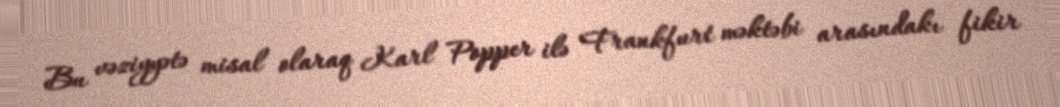
Bu vəziyyətə misal olaraq Karl Popper ilə Frankfurt məktəbi arasındakı fikir